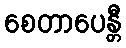
စေတာပေန္တီ